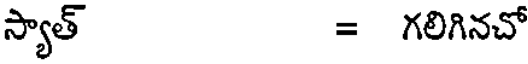
స్యాత్ = గలిగినచో